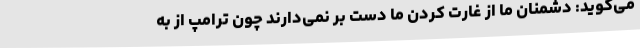
می‌گوید: دشمنان ما از غارت کردن ما دست بر نمی‌دارند چون ترامپ از به